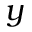
y